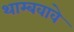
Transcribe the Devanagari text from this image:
थाम्बवावे